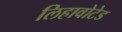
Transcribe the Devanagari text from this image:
लिहावोटेड